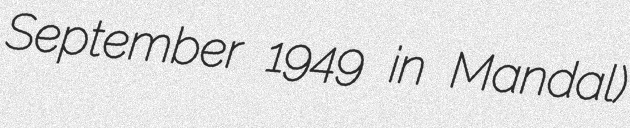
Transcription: September 1949 in Mandal)